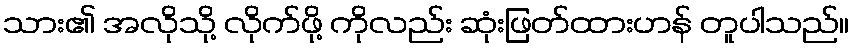
သား၏ အလိုသို့ လိုက်ဖို့ ကိုလည်း ဆုံးဖြတ်ထားဟန် တူပါသည်။